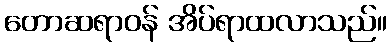
တောဆရာဝန် အိပ်ရာထလာသည်။